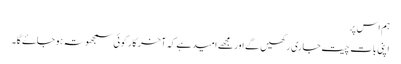
ہم اس پر
اپنی بات چیت جاری رکھیں گے اور مجھے امید ہے کہ آخر کار کوئی سمجھوتہ ہو جاۓ گا۔